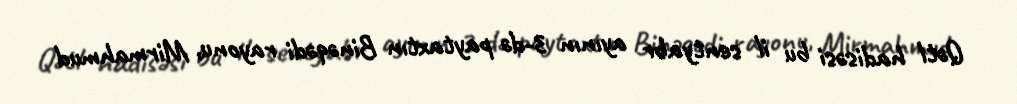
Qətl hadisəsi bu il sentyabr ayının 3-də paytaxtın Binəqədi rayonu, Mirmahmud